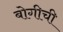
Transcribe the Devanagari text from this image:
बोगीची